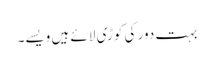
بہت دور کی کوڑی لائے ہیں ویسے۔